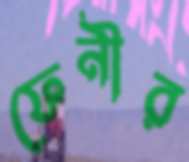
ফেনীর